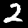
Digit: 2